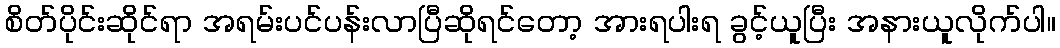
စိတ်ပိုင်းဆိုင်ရာ အရမ်းပင်ပန်းလာပြီဆိုရင်တော့ အားရပါးရ ခွင့်ယူပြီး အနားယူလိုက်ပါ။